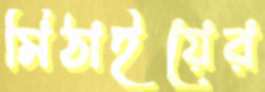
মিঠাইয়ের